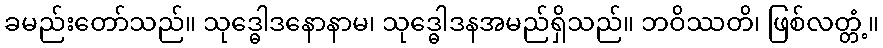
ခမည်းတော်သည်။ သုဒ္ဓေါဒနောနာမ၊ သုဒ္ဓေါဒနအမည်ရှိသည်။ ဘဝိဿတိ၊ ဖြစ်လတ္တံ့။